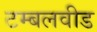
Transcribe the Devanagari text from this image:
टम्बलवीड